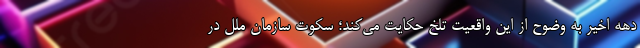
دهه اخیر به وضوح از این واقعیت تلخ حکایت می‌کند؛ سکوت سازمان ملل در